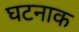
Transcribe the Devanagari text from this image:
घटनाक